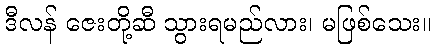
ဒီလန် ဇေးတို့ဆီ သွားရမည်လား၊ မဖြစ်သေး။